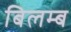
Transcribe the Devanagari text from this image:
बिलम्‍ब